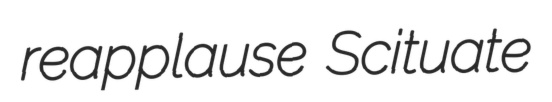
reapplause Scituate